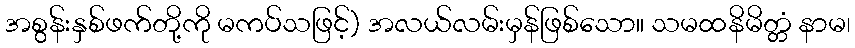
အစွန်းနှစ်ဖက်တို့ကို မကပ်သဖြင့်) အလယ်လမ်းမှန်ဖြစ်သော။ သမထနိမိတ္တံ နာမ၊